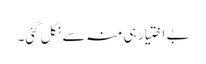
بے اختیار ہی منہ سے نکل گئی۔